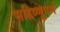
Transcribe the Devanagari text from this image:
सहिष्णूपणे